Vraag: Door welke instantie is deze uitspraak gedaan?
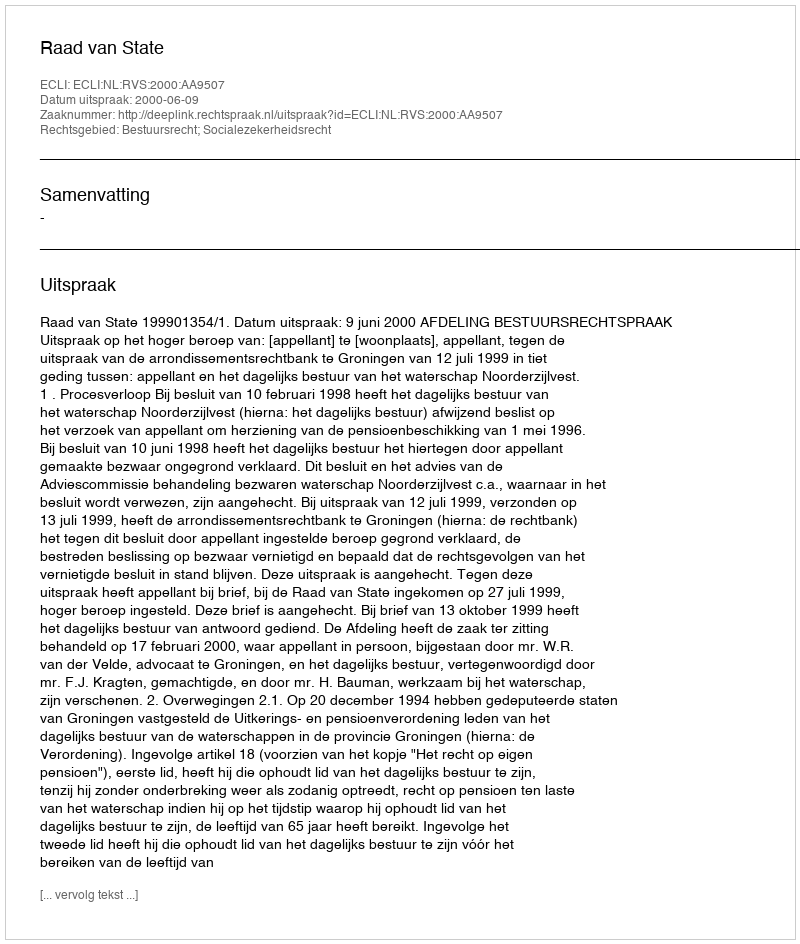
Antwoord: Raad van State